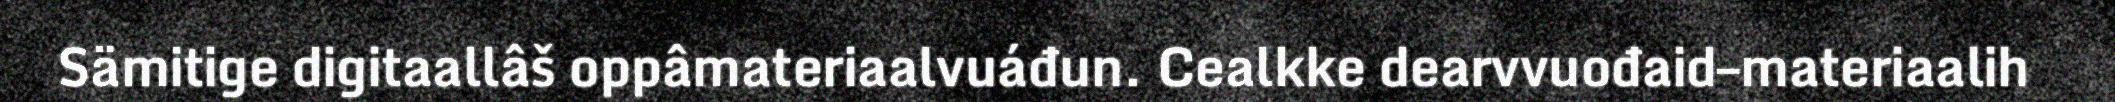
Sämitige digitaallâš oppâmateriaalvuáđun. Cealkke dearvvuođaid–materiaalih